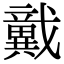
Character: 𢨞